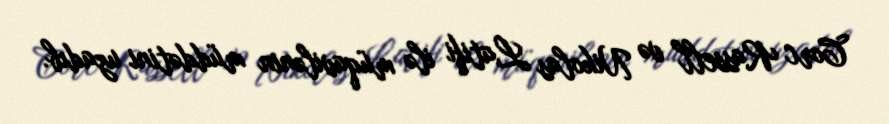
Corc Rassell və Nikolas Latifi ilə müqavilənin müddətini uzadıb.